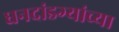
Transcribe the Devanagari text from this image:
धनदांडग्यांच्या